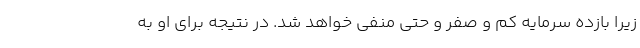
زیرا بازده سرمایه کم و صفر و حتی منفی خواهد شد. در نتیجه برای او به